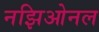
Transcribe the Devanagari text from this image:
नझिओनल